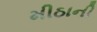
મીઠાની